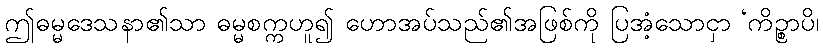
ဤဓမ္မဒေသနာ၏သာ ဓမ္မစက္ကဟူ၍ ဟောအပ်သည်၏အဖြစ်ကို ပြအံ့သောငှာ ‘ကိဉ္စာပိ၊